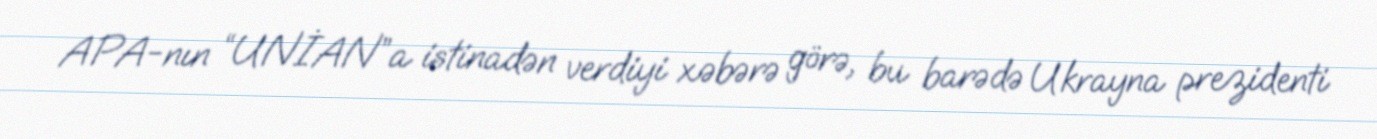
APA-nın “UNİAN”a istinadən verdiyi xəbərə görə, bu barədə Ukrayna prezidenti